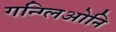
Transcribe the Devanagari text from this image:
गन्ग्लिओनि